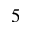
5